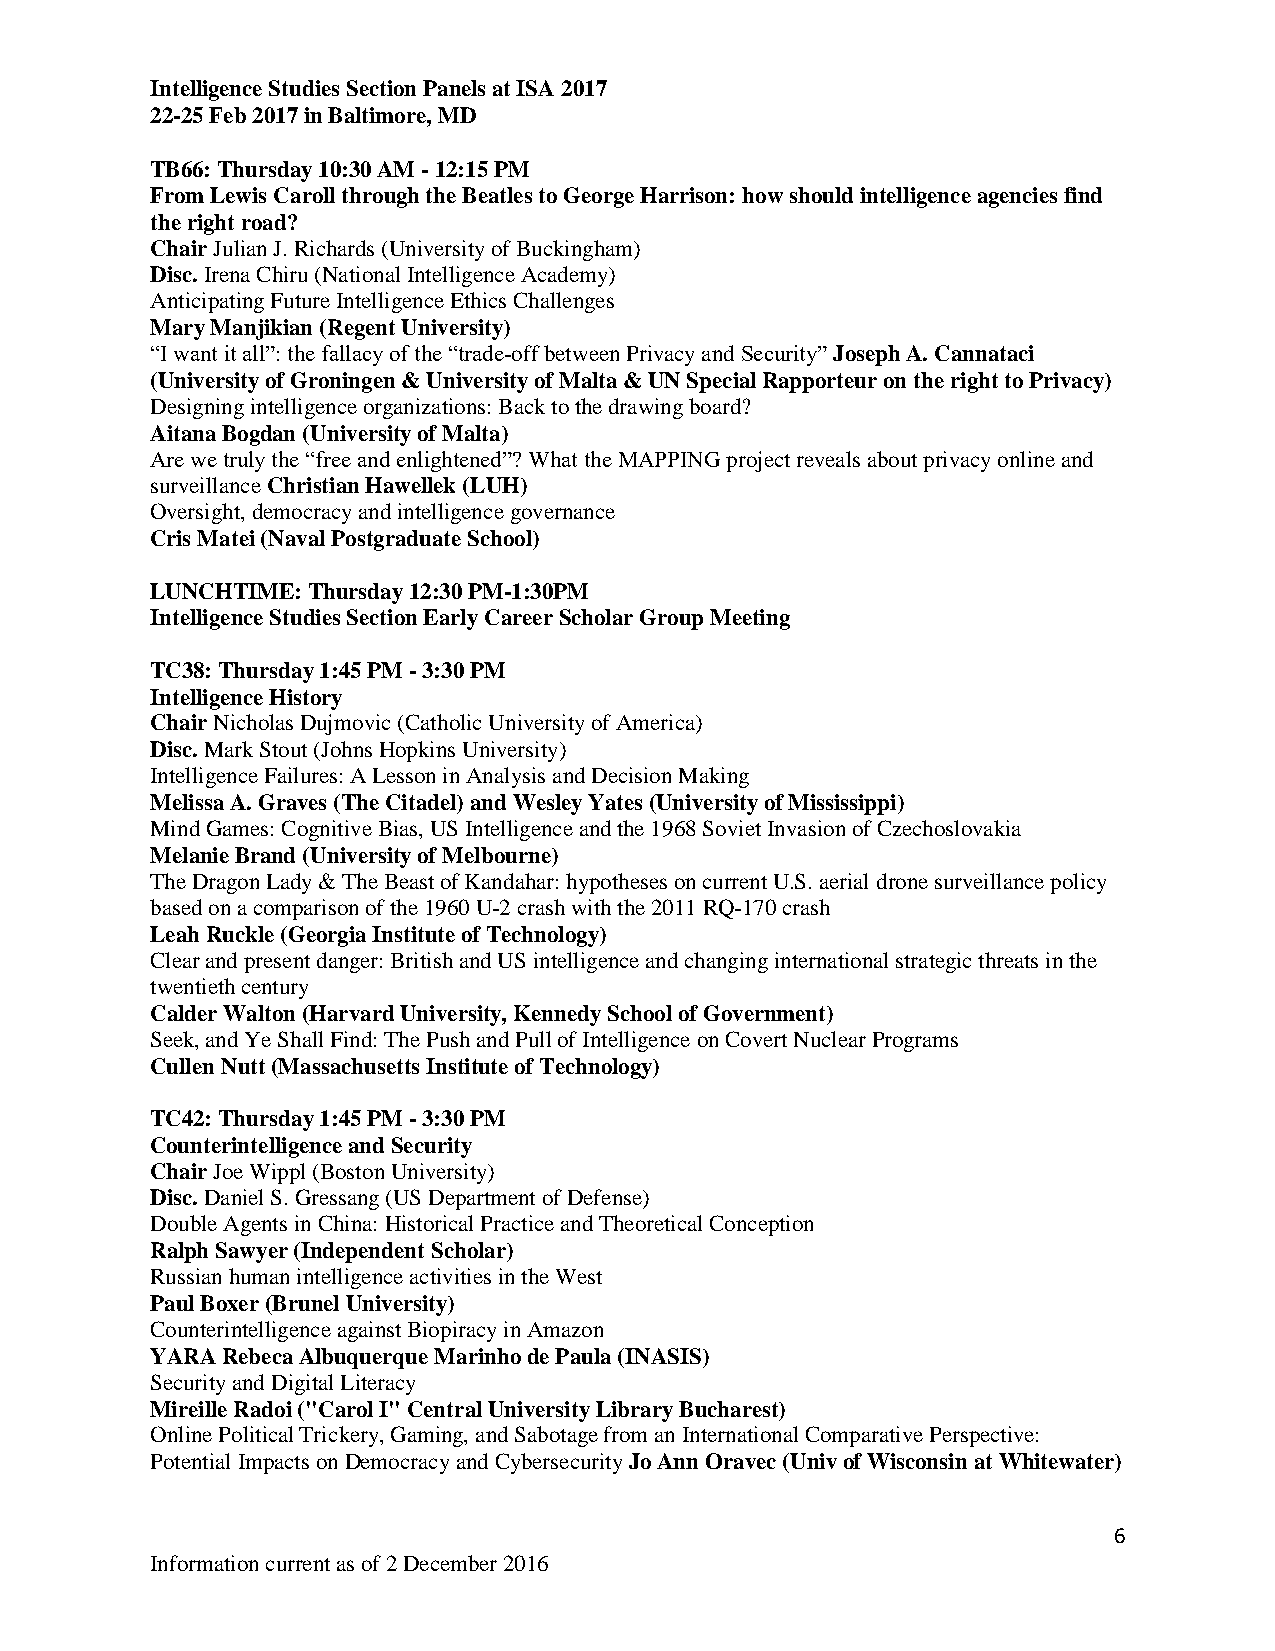
Intelligence Studies Section Panels at ISA 2017
 22-25 Feb 2017 in Baltimore, MD
 TB66: Thursday 10:30 AM - 12:15 PM
 From Lewis Caroll through the Beatles to George Harrison: how should intelligence agencies find
 the right road?
 Chair Julian J. Richards (University of Buckingham)
 Disc. Irena Chiru (National Intelligence Academy)
 Anticipating Future Intelligence Ethics Challenges
 Mary Manjikian (Regent University)
 “I want it all”: the fallacy of the “trade-off between Privacy and Security” Joseph A. Cannataci
 (University of Groningen & University of Malta & UN Special Rapporteur on the right to Privacy)
 Designing intelligence organizations: Back to the drawing board?
 Aitana Bogdan (University of Malta)
 Are we truly the “free and enlightened”? What the MAPPING project reveals about privacy online and
 surveillance Christian Hawellek (LUH)
 Oversight, democracy and intelligence governance
 Cris Matei (Naval Postgraduate School)
 LUNCHTIME: Thursday 12:30 PM-1:30PM
 Intelligence Studies Section Early Career Scholar Group Meeting
 TC38: Thursday 1:45 PM - 3:30 PM
 Intelligence History
 Chair Nicholas Dujmovic (Catholic University of America)
 Disc. Mark Stout (Johns Hopkins University)
 Intelligence Failures: A Lesson in Analysis and Decision Making
 Melissa A. Graves (The Citadel) and Wesley Yates (University of Mississippi)
 Mind Games: Cognitive Bias, US Intelligence and the 1968 Soviet Invasion of Czechoslovakia
 Melanie Brand (University of Melbourne)
 The Dragon Lady & The Beast of Kandahar: hypotheses on current U.S. aerial drone surveillance policy
 based on a comparison of the 1960 U-2 crash with the 2011 RQ-170 crash
 Leah Ruckle (Georgia Institute of Technology)
 Clear and present danger: British and US intelligence and changing international strategic threats in the
 twentieth century
 Calder Walton (Harvard University, Kennedy School of Government)
 Seek, and Ye Shall Find: The Push and Pull of Intelligence on Covert Nuclear Programs
 Cullen Nutt (Massachusetts Institute of Technology)
 TC42: Thursday 1:45 PM - 3:30 PM
 Counterintelligence and Security
 Chair Joe Wippl (Boston University)
 Disc. Daniel S. Gressang (US Department of Defense)
 Double Agents in China: Historical Practice and Theoretical Conception
 Ralph Sawyer (Independent Scholar)
 Russian human intelligence activities in the West
 Paul Boxer (Brunel University)
 Counterintelligence against Biopiracy in Amazon
 YARA Rebeca Albuquerque Marinho de Paula (INASIS)
 Security and Digital Literacy
 Mireille Radoi ("Carol I" Central University Library Bucharest)
 Online Political Trickery, Gaming, and Sabotage from an International Comparative Perspective:
 Potential Impacts on Democracy and Cybersecurity Jo Ann Oravec (Univ of Wisconsin at Whitewater)
 6
 Information current as of 2 December 2016